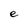
Character: e